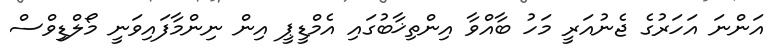
އަންނަ އަހަރުގެ ޖެނުއަރީ މަހު ބާއްވާ އިންތިޚާބުގައި އެމްޑީޕީ އިން ނިންމާފައިވަނީ މޯލްޑިިވްސް